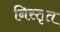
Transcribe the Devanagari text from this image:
निस्तृत